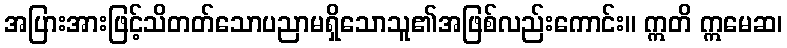
အပြားအားဖြင့်သိတတ်သောပညာမရှိသောသူ၏အဖြစ်လည်းကောင်း။ ဣတိ ဣမေဆ၊